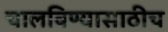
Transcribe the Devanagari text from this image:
चालविण्यासाठीच